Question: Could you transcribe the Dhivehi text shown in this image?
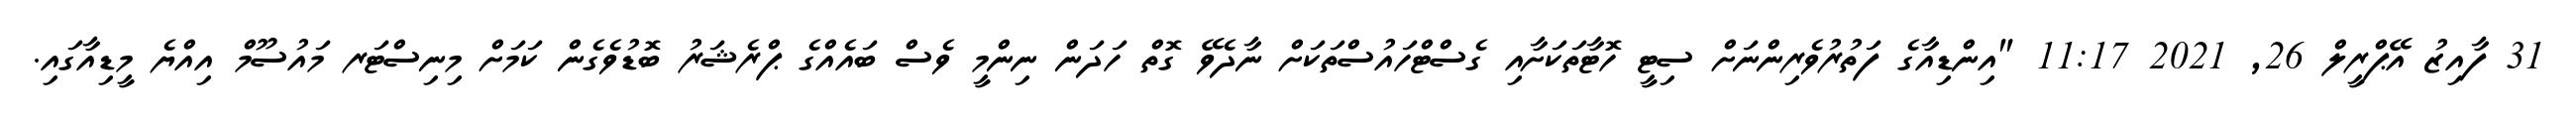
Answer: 31 ފާއިޒު އޭޕްރީލް 26, 2021 11:17 "އިންޑިއާގެ ފަތުރުވެރިންނަށް ސިޓީ ހޮޓާތަކަށާއި ގެސްޓްހައުސްތަކަށް ނާދެވޭ ގޮތް ހަދަން ނިންމީ ވެސް ބައެއްގެ ޕްރެޝަރު ބޮޑުވެގެން ކަމަށް މިނިސްޓަރ މައުސޫމް އިއްޔެ މީޑިއާގައި.